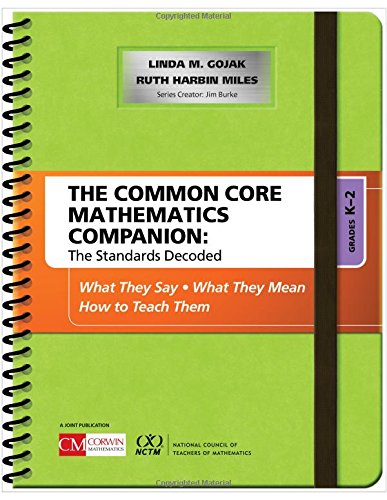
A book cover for The Common Core Mathematics Companion: The Standards Decoded, Grades K-2: What They Say, What They Mean, How to Teach Them; Linda M. Gojak; Education & Teaching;